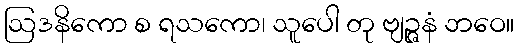
ဩဒနိကော စ ရသကော၊ သူပေါ တု ဗျဉ္ဇနံ ဘဝေ။